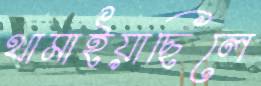
থামাইয়াছিলে